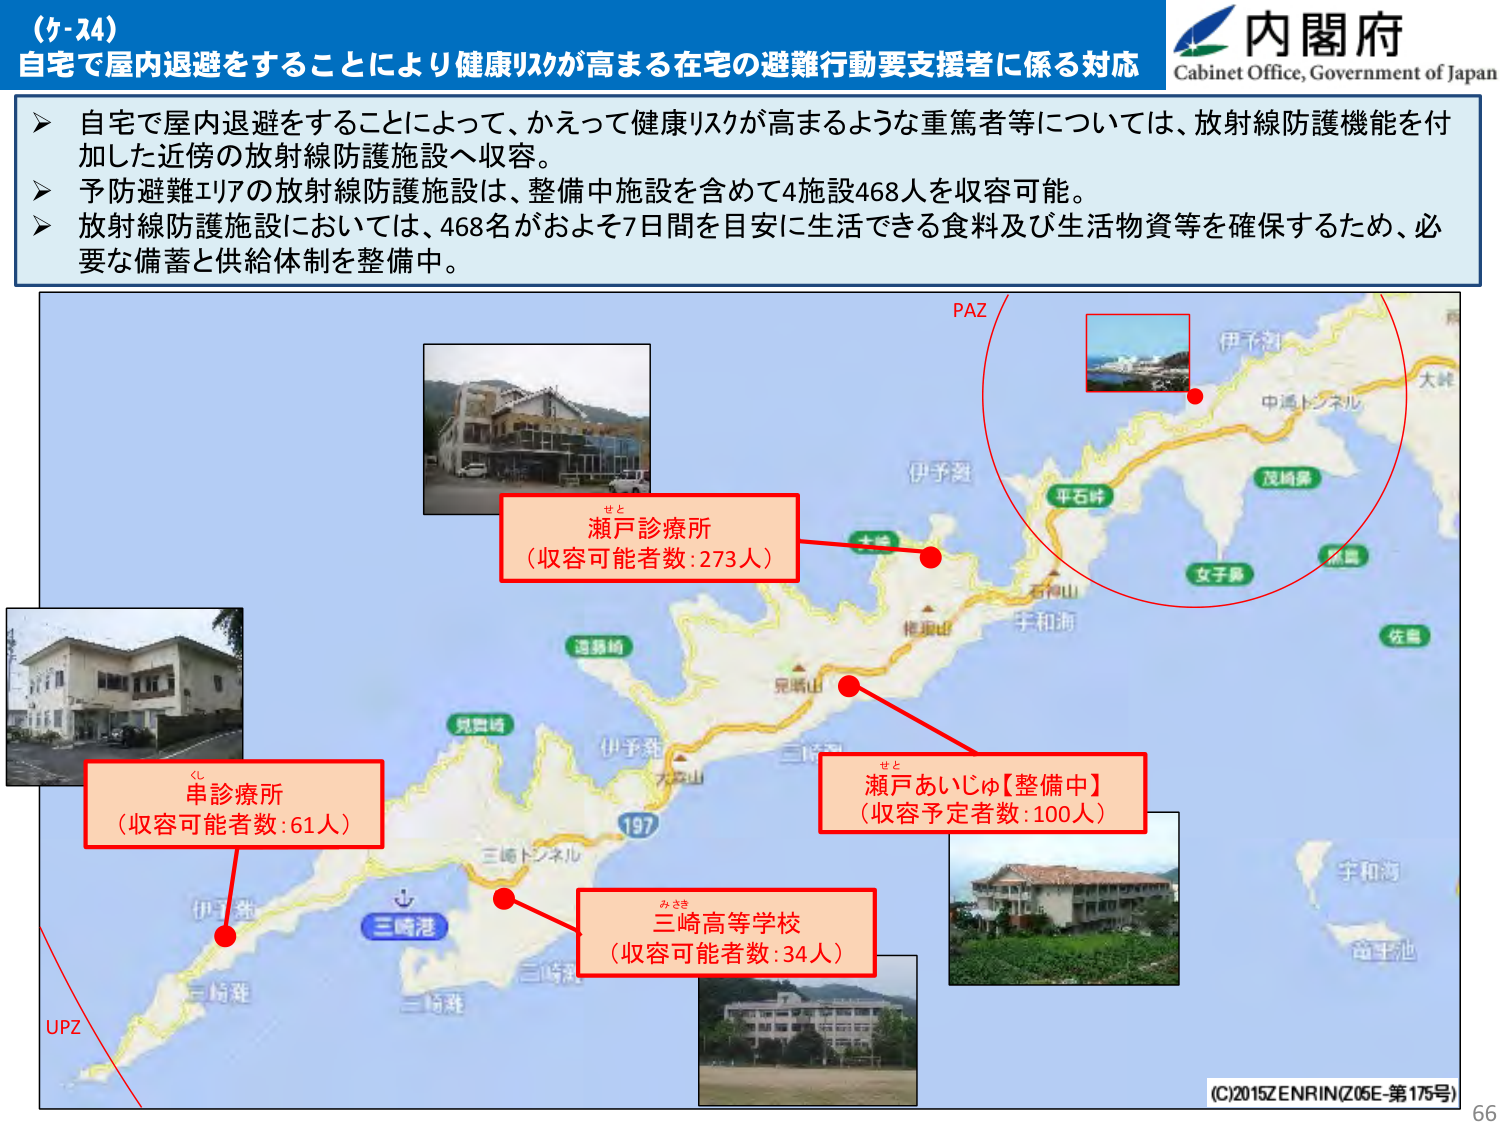
(ケ-24)
自宅で屋内退避をすることにより健康リスクが高まる在宅の避難行動要支援者に係る対応

▶ 自宅で屋内退避をすることによって、かえって健康リスクが高まるような重篤者等については、放射線防護機能を付加した近傍の放射線防護施設へ収容。
▶ 予防避難エリアの放射線防護施設は、整備中施設を含めて4施設468人を収容可能。
▶ 放射線防護施設においては、468名がおよそ7日間を目安に生活できる食料及び生活物資等を確保するため、必要な備蓄と供給体制を整備中。

内閣府
Cabinet Office, Government of Japan

PAZ
伊予灘
中通トンネル
大崎
平石峠
茂崎鼻
女子鼻
佐島
石神山
宇和海
尾崎山
三崎
伊予灘
大森山
197
三崎トンネル
三崎港
伊予灘
三崎港
三崎
三崎
UPZ

せと
瀬戸診療所
（収容可能者数：273人）

くし
串診療所
（収容可能者数：61人）

せと
瀬戸あいじゅ【整備中】
（収容予定者数：100人）

みさき
三崎高等学校
（収容可能者数：34人）

(C)2015ZENRIN(Z05E-第175号)
66